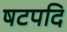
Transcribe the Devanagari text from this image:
षटपदि